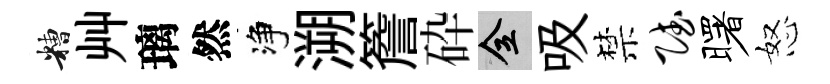
糟艸璃然净溯簷砕全吸禁赋曙怒